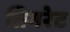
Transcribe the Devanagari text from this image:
तिगरेट